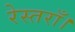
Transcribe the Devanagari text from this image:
रेस्तराँ।